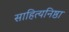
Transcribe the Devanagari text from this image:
साहित्यनिष्ठा